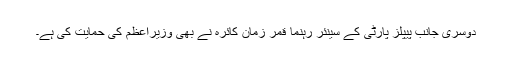
دوسری جانب پیپلز پارٹی کے سینئر رہنما قمر زمان کائرہ نے بھی وزیراعظم کی حمایت کی ہے۔